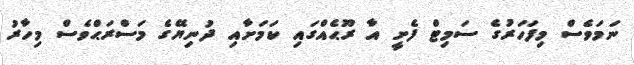
ނަމަވެސް މިފަހަރުގެ ސަމިޓް ފެށީ އާ ރޫޙެއްގައި ކަމަށާއި ދުނިޔޭގެ މަސްރަޙްވެސް މިހާރު